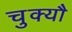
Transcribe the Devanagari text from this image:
चुक्यौ